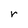
Character: r